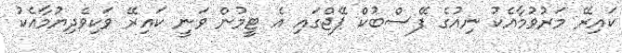
ކައިރޭ މަރުވުމާއެކު ނިއުގެ ފޭސްބުކް ޕޭޖްގައި އެ ޓީމުން ވަނީ ކައިރޭ ވަކިވެދިޔުމާއެކު